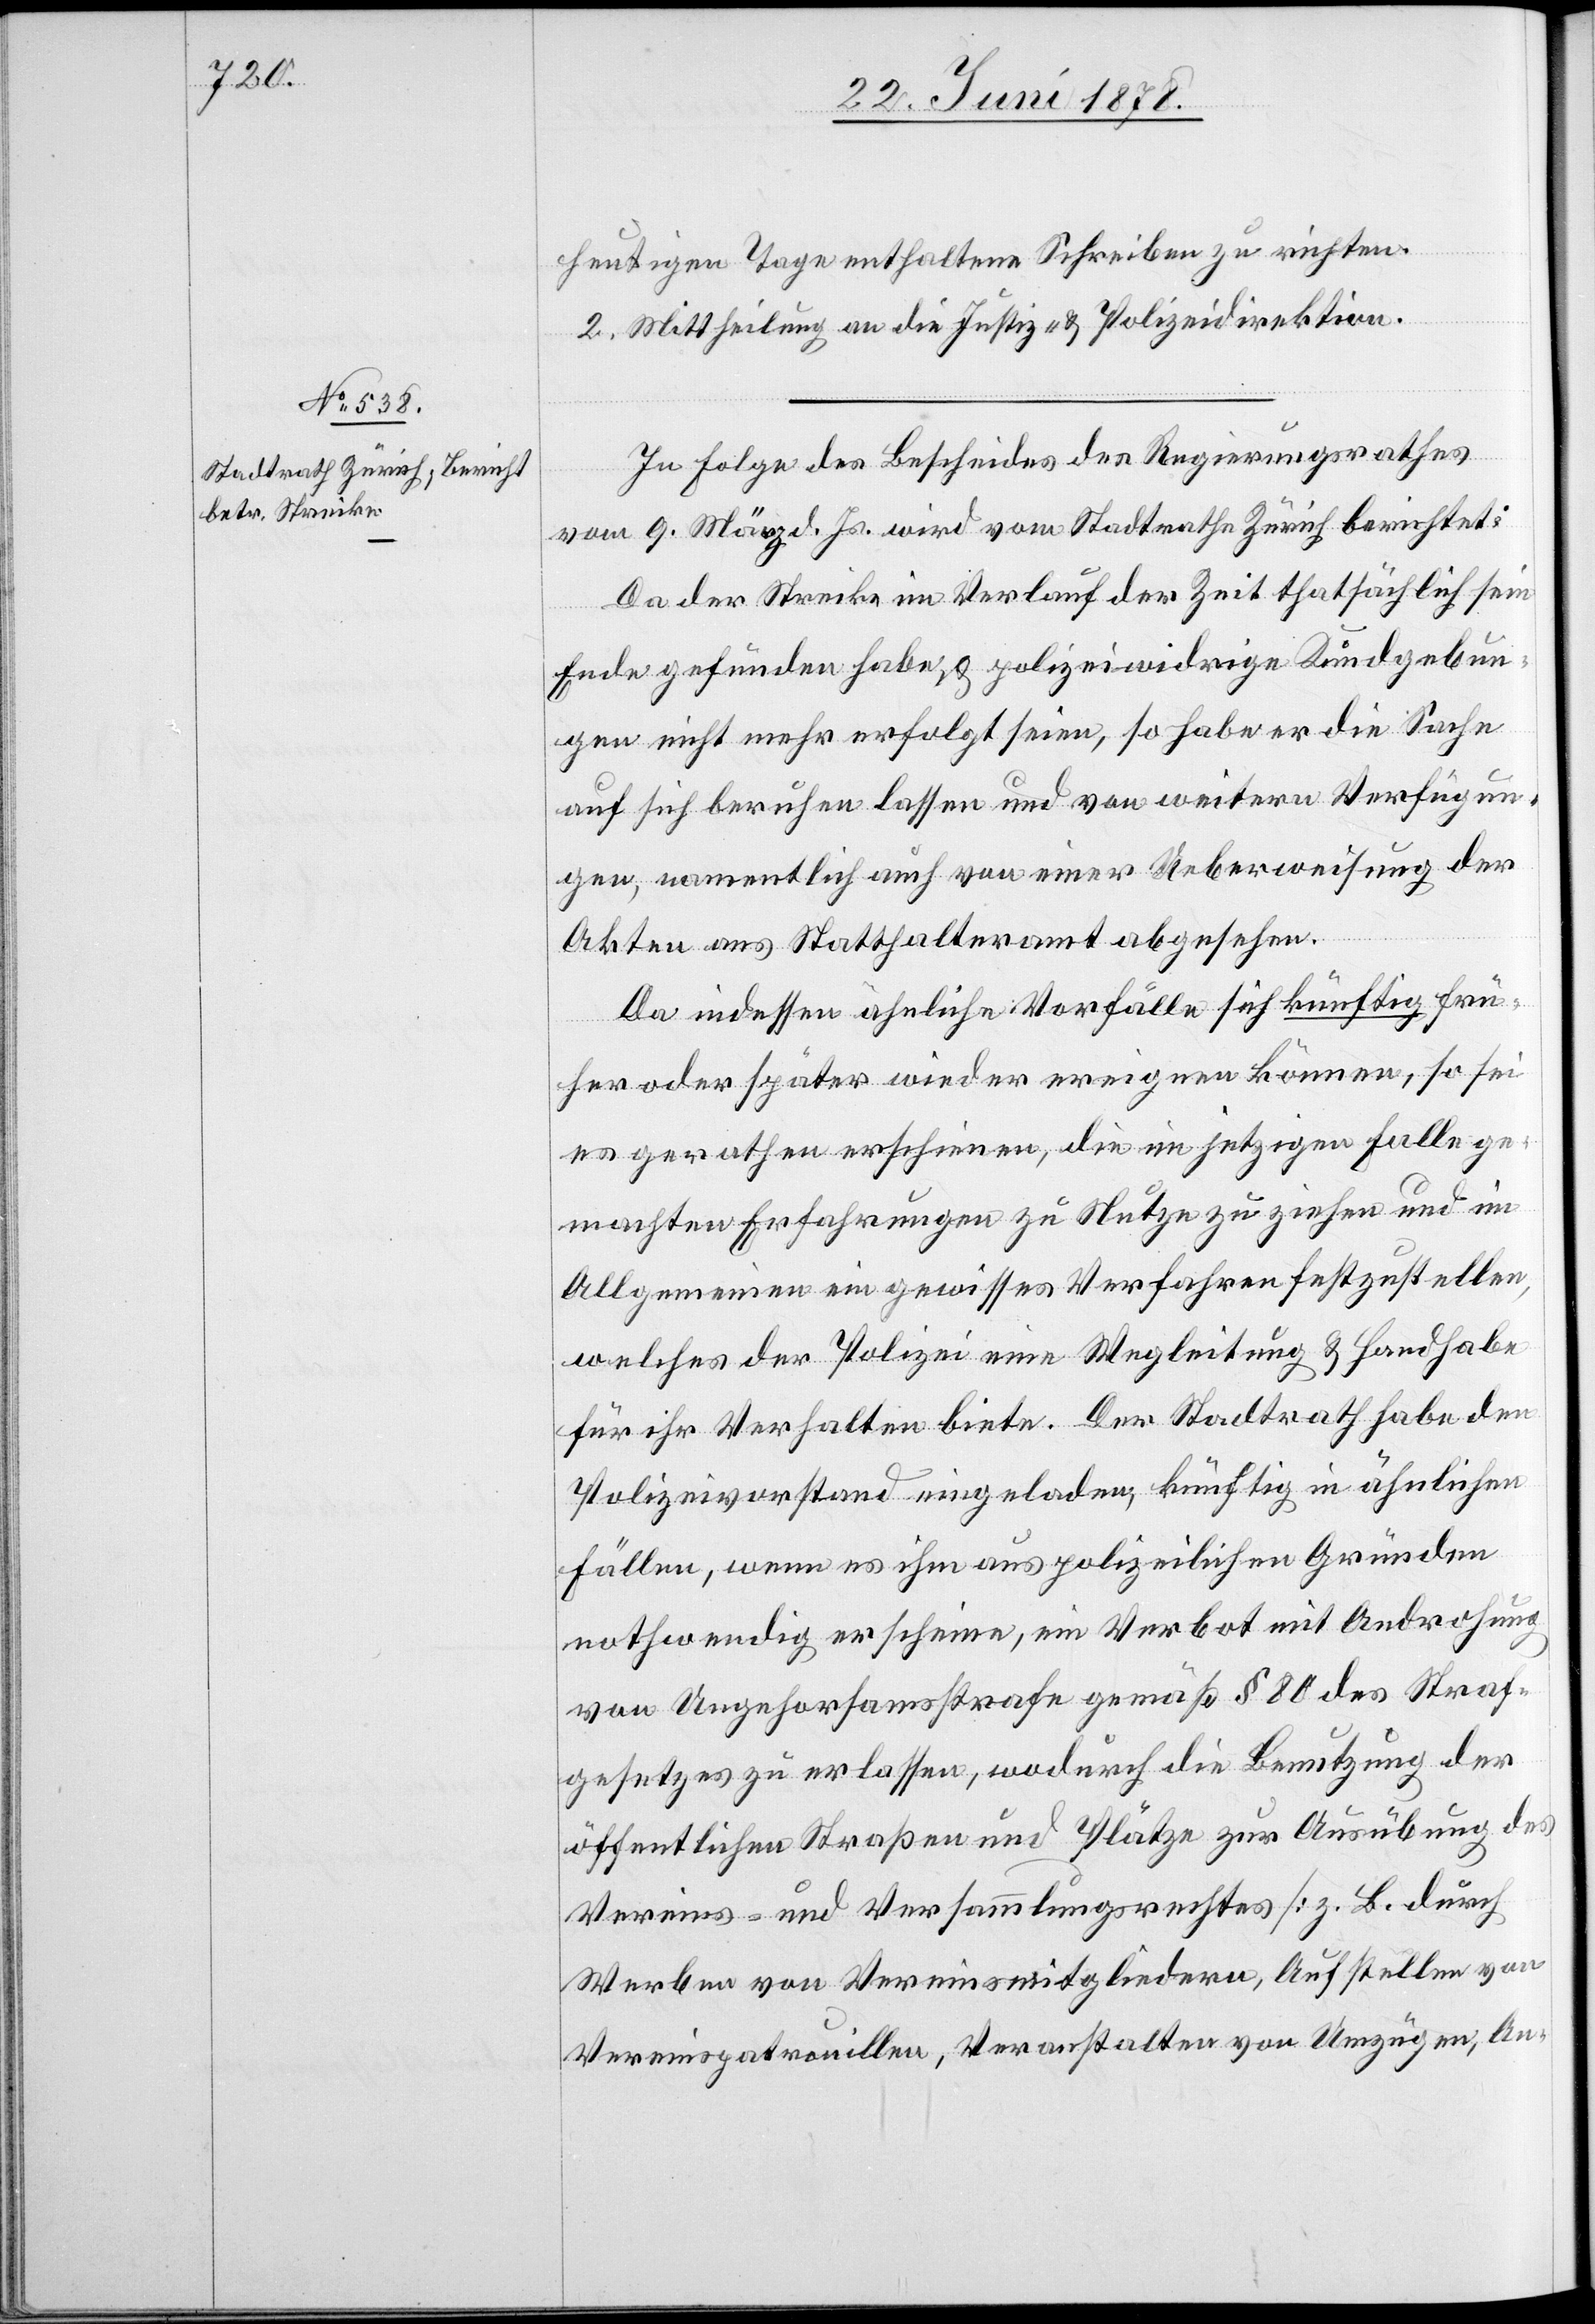
heutigen Tage enthaltene Schreiben zu richten.
2. Mittheilung an die Justiz- & Polizeidirektion.
In Folge des Bescheides des Regierungsrathes
vom 9. März d. Js. wird vom Stadtrathe Zürich berichtet:
Da der Streike im Verlauf der Zeit thatsächlich sein
Ende gefunden habe & polizeiwidrige Kundgebun¬
gen nicht mehr erfolgt seien, so habe er die Sache
auf sich beruhen lassen und von weitern Verfügun¬
gen, namentlich auch von einer Ueberweisung der
Akten ans Statthalteramt abgesehen.
Da indessen ähnliche Vorfälle sich künftig frü¬
her oder später wieder ereignen können, so sei
es gerathen erschienen, die im jetzigen Falle ge¬
machten Erfahrungen zu Nutze zu ziehen und im
Allgemeinen ein gewisses Verfahren festzustellen,
welches der Polizei eine Wegleitung & Handhabe
für ihr Verhalten biete. Der Stadtrath habe den
Polizeivorstand eingeladen, künftig in ähnlichen
Fällen, wenn es ihm aus polizeilichen Gründen
nothwendig erscheine, ein Verbot mit Androhung
von Ungehorsamsstrafe gemäß § 80 des Straf¬
gesetzes zu erlassen, wodurch die Benutzung der
öffentlichen Straßen und Plätze zur Ausübung des
Vereins- und Versammlungsrechtes [z. B. durch
Werben von Vereinsmitgliedern, Aufstellen von
Vereinspatrouillen, Veranstalten von Umzügen, An-